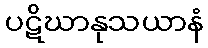
ပဋိဃာနုသယာနံ